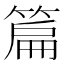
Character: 篇